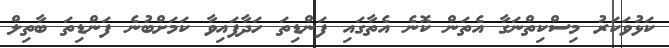
ކަޅުވަކަރު މިސްކިތްނަގާ އެތަން ކޮނެ އެތާގައި ފަންޑިތަ ހަދާފައިވާ ކަމަށްބުނެ ފަންޑިތަ ބާތިލް